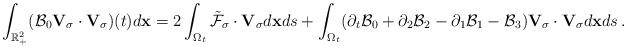
LaTeX: \begin{align*}\int_{\mathbb R^2_+}(\mathcal B_0{\mathbf V}_\sigma\cdot{\mathbf V}_\sigma)(t)d{\bf x}=2\int_{\Omega_t}\tilde{\mathcal F}_\sigma\cdot{\mathbf V}_\sigma d{\bf x}ds+\int_{\Omega_t}(\partial_t\mathcal B_0+\partial_2\mathcal B_2-\partial_1\mathcal B_1-\mathcal B_3){\mathbf V_{\sigma}}\cdot{\mathbf V_{\sigma}}d{\bf x}ds\,.\end{align*}